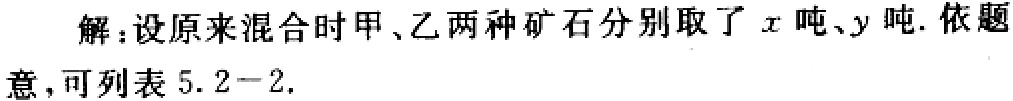
解：设原来混合时甲、乙两种矿石分别取了\(x\)吨、\(y\)吨. 依题意，可列表\(5.2 - 2\).